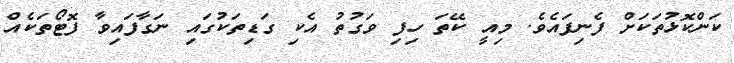
ކަންކޮޅުތަކަށް ފެނިފައެވެ. މިއީ ކޭތަ ހިފި ވަގުތު އެކި ގަޑިތަކުގައި ނަގާފައިވާ ފޮޓޯތަކެއް